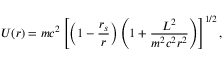
U ( r ) = m c ^ { 2 } \left[ \left( 1 - \frac { r _ { s } } { r } \right) \left( 1 + \frac { { \cal { L } } ^ { 2 } } { m ^ { 2 } c ^ { 2 } r ^ { 2 } } \right) \right] ^ { 1 / 2 } ,